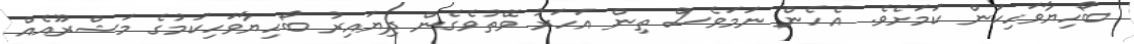
ބޯހިޔާވަހިކަން ކަމަށެވެ. އެހެން ނަމަވެސް ތިން އަހަރު ވޭތުވެގެން ދިޔައިރު ބޯހިޔާވަހިކަމުގެ މަޝްރޫއެއް